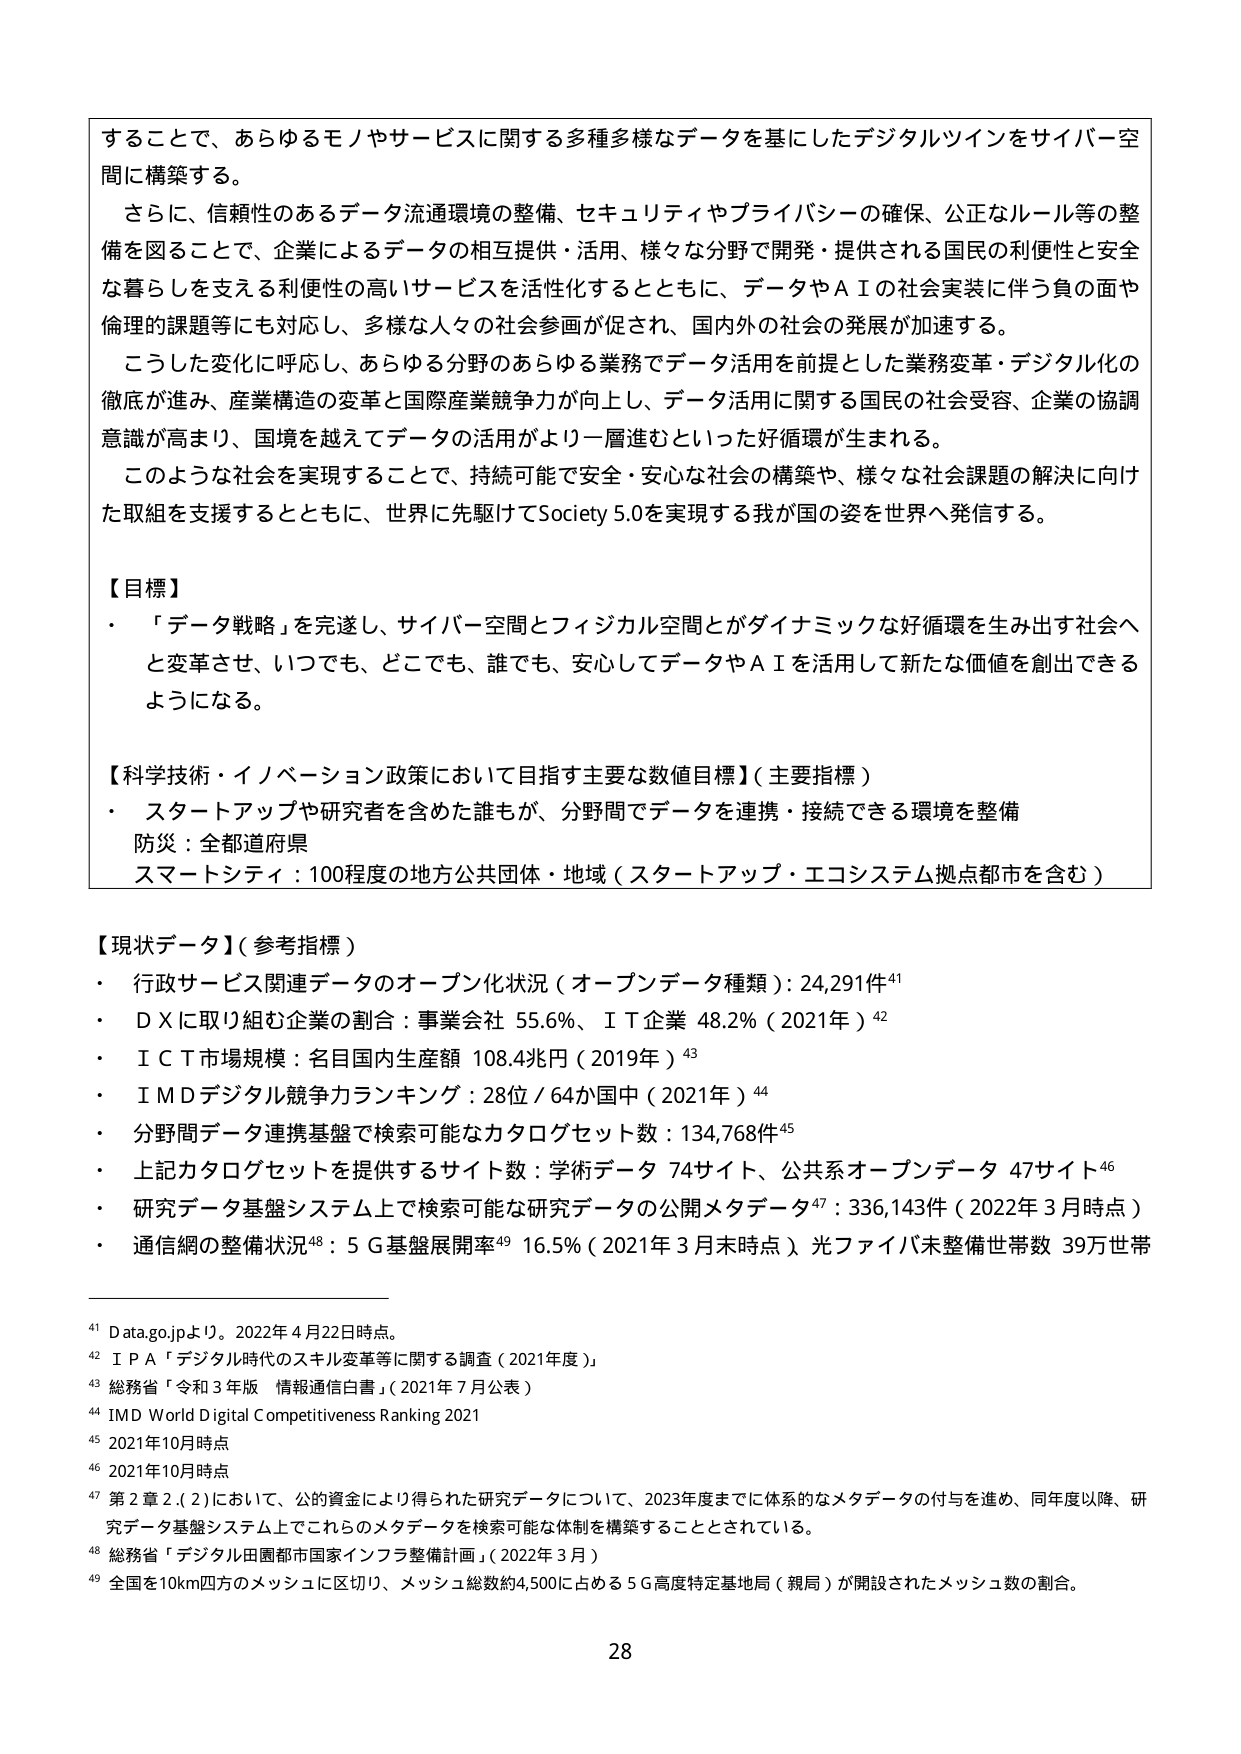
することで、あらゆるモノやサービスに関する多種多様なデータを基にしたデジタルツインをサイバー空間に構築する。

さらに、信頼性のあるデータ流通環境の整備、セキュリティやプライバシーの確保、公正なルール等の整備を図ることで、企業によるデータの相互提供・活用、様々な分野で開発・提供される国民の利便性と安全な暮らしを支える利便性の高いサービスを活性化するとともに、データやＡＩの社会実装に伴う負の面や倫理的課題等にも対応し、多様な人々の社会参画が促され、国内外の社会の発展が加速する。

こうした変化に呼応し、あらゆる分野のあらゆる業務でデータ活用を前提とした業務変革・デジタル化の徹底が進み、産業構造の変革と国際産業競争力が向上し、データ活用に関する国民の社会受容、企業の協調意識が高まり、国境を越えてデータの活用がより一層進むといった好循環が生まれる。

このような社会を実現することで、持続可能で安全・安心な社会の構築や、様々な社会課題の解決に向けた取組を支援するとともに、世界に先駆けてSociety 5.0を実現する我が国の姿を世界へ発信する。

【目標】
・「データ戦略」を完遂し、サイバー空間とフィジカル空間とがダイナミックな好循環を生み出す社会へと変革させ、いつでも、どこでも、誰でも、安心してデータやＡＩを活用して新たな価値を創出できるようになる。

【科学技術・イノベーション政策において目指す主要な数値目標】（主要指標）
・スタートアップや研究者を含めた誰もが、分野間でデータを連携・接続できる環境を整備
防災：全都道府県
スマートシティ：100程度の地方公共団体・地域（スタートアップ・エコシステム拠点都市を含む）

【現状データ】（参考指標）
・行政サービス関連データのオープン化状況（オープンデータ種類）：24,291件⁴¹
・ＤＸに取り組む企業の割合：事業会社 55.6％、ＩＴ企業 48.2％（2021年）⁴²
・ＩＣＴ市場規模：名目国内生産額 108.4兆円（2019年）⁴³
・ＩＭＤデジタル競争力ランキング：28位／64か国中（2021年）⁴⁴
・分野間データ連携基盤で検索可能なカタログセット数：134,768件⁴⁵
・上記カタログセットを提供するサイト数：学術データ 74サイト、公共系オープンデータ 47サイト⁴⁶
・研究データ基盤システム上で検索可能な研究データの公開メタデータ⁴⁷：336,143件（2022年3月時点）
・通信網の整備状況⁴⁸：５Ｇ基盤展開率⁴⁹ 16.5％（2021年3月末時点）光ファイバ未整備世帯数 39万世帯

⁴¹ Data.go.jpより。2022年4月22日時点。
⁴² ＩＰＡ「デジタル時代のスキル変革等に関する調査（2021年度）」
⁴³ 総務省「令和3年版 情報通信白書」（2021年7月公表）
⁴⁴ IMD World Digital Competitiveness Ranking 2021
⁴⁵ 2021年10月時点
⁴⁶ 2021年10月時点
⁴⁷ 第2章2.(2)において、公的資金により得られた研究データについて、2023年度までに体系的なメタデータの付与を進め、同年度以降、研究データ基盤システム上でこれらのメタデータを検索可能な体制を構築することとされている。
⁴⁸ 総務省「デジタル田園都市国家インフラ整備計画」（2022年3月）
⁴⁹ 全国を10km四方のメッシュに区切り、メッシュ総数約4,500に占める5Ｇ高度特定基地局（親局）が開設されたメッシュ数の割合。

28